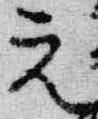
元